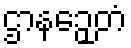
ဌာနဉှေတံ